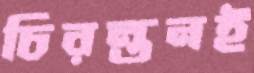
চিরন্তনই